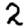
Digit: 2